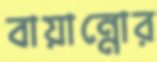
বায়ান্নোর